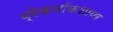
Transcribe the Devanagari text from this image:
ब्रेकनॉकशायर